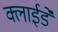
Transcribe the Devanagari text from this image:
क्लाईडे